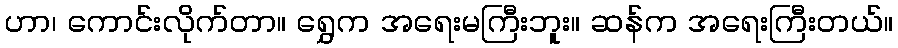
ဟာ၊ ကောင်းလိုက်တာ။ ရွှေက အရေးမကြီးဘူး။ ဆန်က အရေးကြီးတယ်။